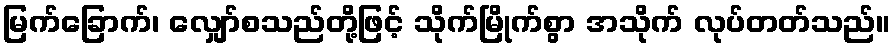
မြက်ခြောက်၊ လျှော်စသည်တို့ဖြင့် သိုက်မြိုက်စွာ အသိုက် လုပ်တတ်သည်။